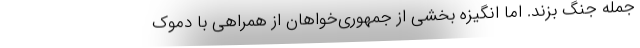
جمله جنگ بزند. اما انگیزه بخشی از جمهوری‌خواهان از همراهی با دموک